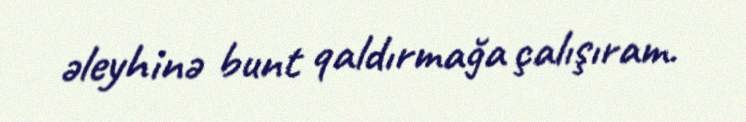
əleyhinə bunt qaldırmağa çalışıram.